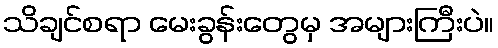
သိချင်စရာ မေးခွန်းတွေမှ အများကြီးပဲ။